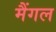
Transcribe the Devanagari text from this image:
मैंगल